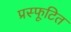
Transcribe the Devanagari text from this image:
प्रस्फूटित